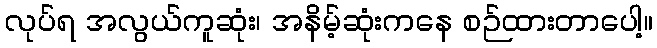
လုပ်ရ အလွယ်ကူဆုံး၊ အနိမ့်ဆုံးကနေ စဉ်ထားတာပေါ့။